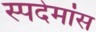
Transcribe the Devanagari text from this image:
स्पदेमांस